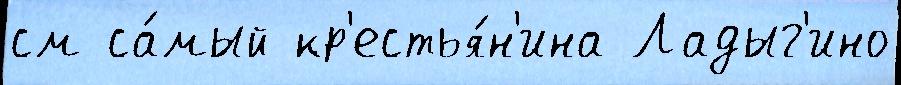
см са́мый кр'естья́н'ина Ладыг'ино